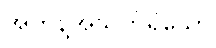
အကန့်အသတ်ရှိသော